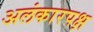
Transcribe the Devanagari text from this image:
अलंकारपक्ष